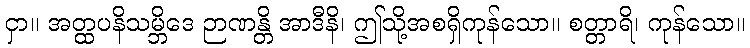
ငှာ။ အတ္ထပနိသမ္ဘိဒေ ဉာဏန္တိ အာဒီနိ၊ ဤသို့အစရှိကုန်သော။ စတ္တာရိ၊ ကုန်သော။